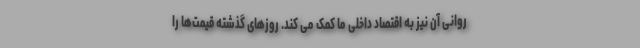
روانی آن نیز به اقتصاد داخلی ما کمک می کند. روزهای گذشته قیمت‌ها را